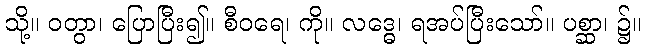
သို့။ ဝတွာ၊ ပြောပြီး၍။ စီဝရေ၊ ကို။ လဒ္ဓေ၊ ရအပ်ပြီးသော်။ ပစ္ဆာ၊ ၌။